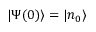
| \Psi ( 0 ) \rangle = | n _ { 0 } \rangle